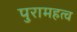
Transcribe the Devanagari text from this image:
पुरामहत्व